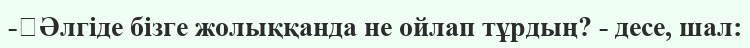
-	Әлгіде бізге жолыққанда не ойлап тұрдың? - десе, шал: